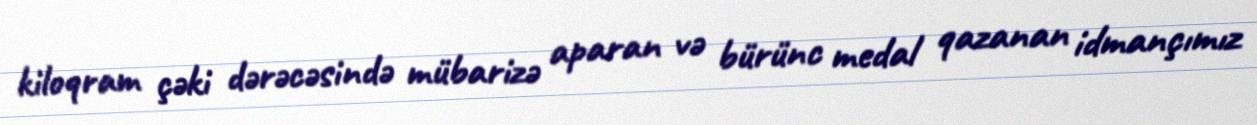
kiloqram çəki dərəcəsində mübarizə aparan və bürünc medal qazanan idmançımız